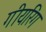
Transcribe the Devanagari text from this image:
गीयरिंग